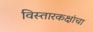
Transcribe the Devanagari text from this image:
विस्तारकक्षांचा